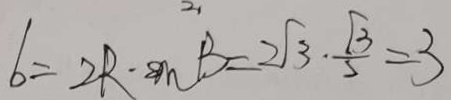
b = 2 R - \sin B = 2 \sqrt { 3 } \cdot \frac { \sqrt { 3 } } { 5 } = 3